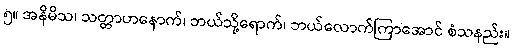
၅။ အနိမိသ၊ သတ္တာဟနောက်၊ ဘယ်သို့ရောက်၊ ဘယ်လောက်ကြာအောင် စံသနည်း။